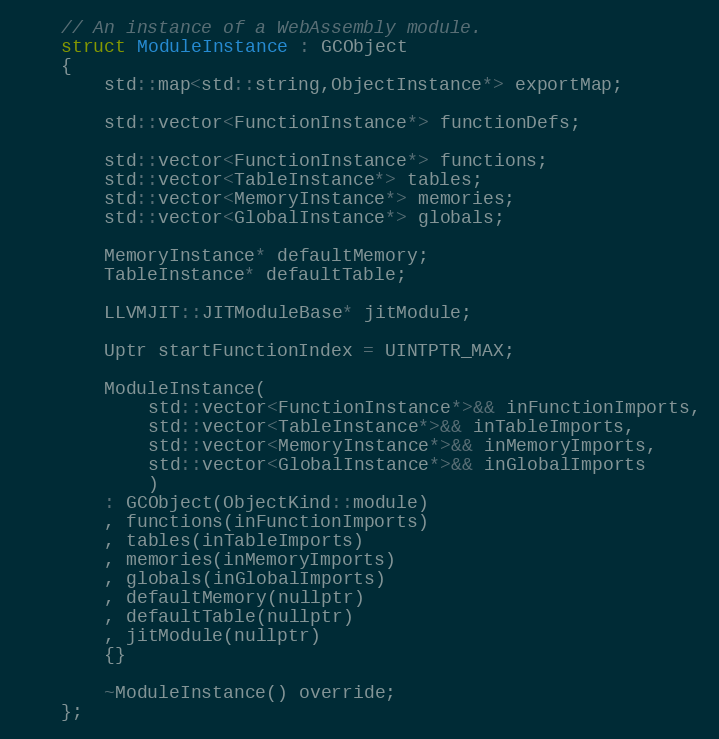
Language: C
	// An instance of a WebAssembly module.
	struct ModuleInstance : GCObject
	{
		std::map<std::string,ObjectInstance*> exportMap;

		std::vector<FunctionInstance*> functionDefs;

		std::vector<FunctionInstance*> functions;
		std::vector<TableInstance*> tables;
		std::vector<MemoryInstance*> memories;
		std::vector<GlobalInstance*> globals;

		MemoryInstance* defaultMemory;
		TableInstance* defaultTable;

		LLVMJIT::JITModuleBase* jitModule;

		Uptr startFunctionIndex = UINTPTR_MAX;

		ModuleInstance(
			std::vector<FunctionInstance*>&& inFunctionImports,
			std::vector<TableInstance*>&& inTableImports,
			std::vector<MemoryInstance*>&& inMemoryImports,
			std::vector<GlobalInstance*>&& inGlobalImports
			)
		: GCObject(ObjectKind::module)
		, functions(inFunctionImports)
		, tables(inTableImports)
		, memories(inMemoryImports)
		, globals(inGlobalImports)
		, defaultMemory(nullptr)
		, defaultTable(nullptr)
		, jitModule(nullptr)
		{}

		~ModuleInstance() override;
	};